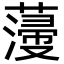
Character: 薓